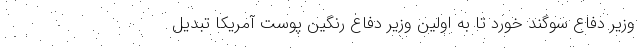
وزیر دفاع سوگند خورد تا به اولین وزیر دفاع رنگین پوست آمریکا تبدیل